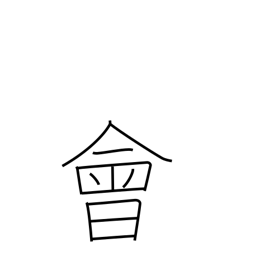
Meaning: interview